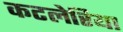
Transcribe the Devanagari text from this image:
कटलेरिया